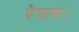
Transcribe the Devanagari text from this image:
रेचक।